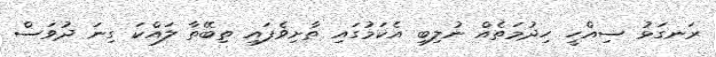
ރަނގަޅު ސިއްހީ ހިދުމަތެއް ނުލިބި އެކަމުގައި ތާށިވެފައި ތިބޭތާ ލައްކަ ގިނަ ދުވަސް